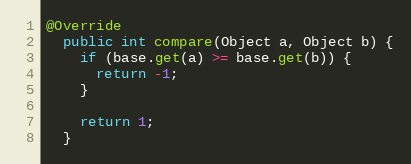
Language: Java
@Override
  public int compare(Object a, Object b) {
    if (base.get(a) >= base.get(b)) {
      return -1;
    }

    return 1;
  }